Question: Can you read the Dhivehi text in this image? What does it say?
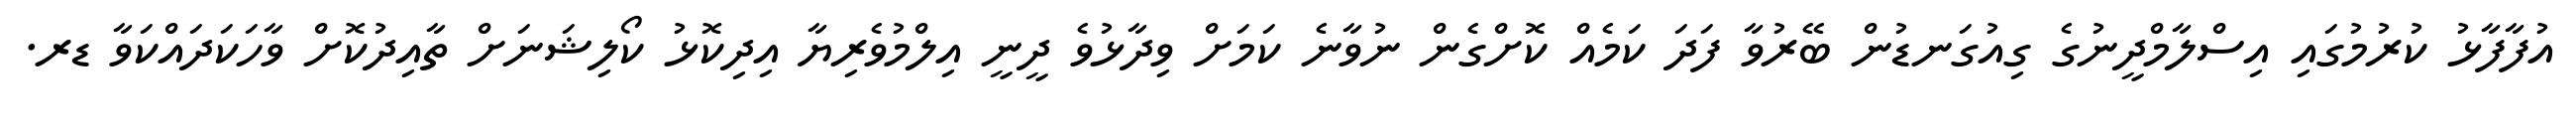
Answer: އުފާފާޅު ކުރުމުގައި އިސްލާމްދީނުގެ ގިއުގަނޑުން ބޭރުވާ ފަދަ ކަމެއް ކޮށްގެން ނުވާނެ ކަމަށް ވިދާޅުވެ ދީނީ އިލްމުވެރިޔާ އިދިކޮޅު ކޯލިޝަނަށް ތާއިދުކޮށް ވާހަކަދައްކަވާ ޑރ.